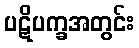
ပဋိပက္ခအတွင်း